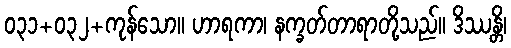
၀၃၁+၀၃၂+ကုန်သော။ ဟာရကာ၊ နက္ခတ်တာရာတို့သည်။ ဒိဿန္တိ၊